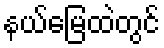
နယ်မြေထဲတွင်